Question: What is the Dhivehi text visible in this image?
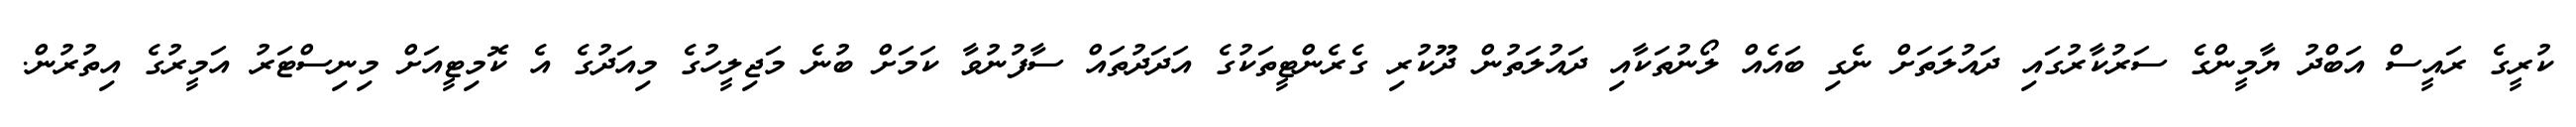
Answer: ކުރީގެ ރައީސް އަބްދު ޔާމީންގެ ސަރުކާރުގައި ދައުލަތަށް ނެގި ބައެއް ލޯނުތަކާއި ދައުލަތުން ދޫކުރި ގެރެންޓީތަކުގެ އަދަދުތައް ސާފުނުވާ ކަމަށް ބުނެ މަޖިލީހުގެ މިއަދުގެ އެ ކޮމިޓީއަށް މިނިސްޓަރު އަމީރުގެ އިތުރުން.